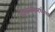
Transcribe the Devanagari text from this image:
पोकळीमध्येच